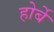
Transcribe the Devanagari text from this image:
होर्बे